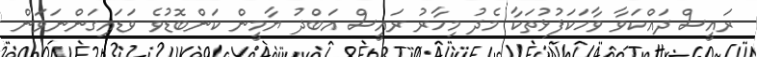
ރައީސް ދައްކަވާ ވާހަކަފުޅުތަކާ މެދު މިހާރު ރައީސް އަބްދު ޔާމީން ކަންބޮޑުވެ ވަޑައިގަންނަވަން